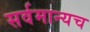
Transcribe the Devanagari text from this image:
सर्वमान्यच